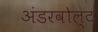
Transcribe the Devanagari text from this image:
अंडरवोल्ट